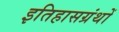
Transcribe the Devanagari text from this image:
इतिहासग्रंथों